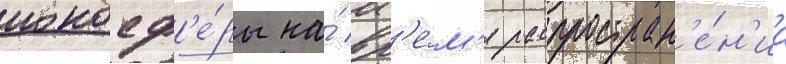
ионосф'е́ры на́ вр'е́м'я распростран'е́н'иа